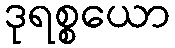
ဒုရစ္စယော